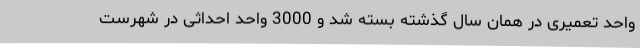
واحد تعمیری در همان سال گذشته بسته شد و 3000 واحد احداثی در شهرست